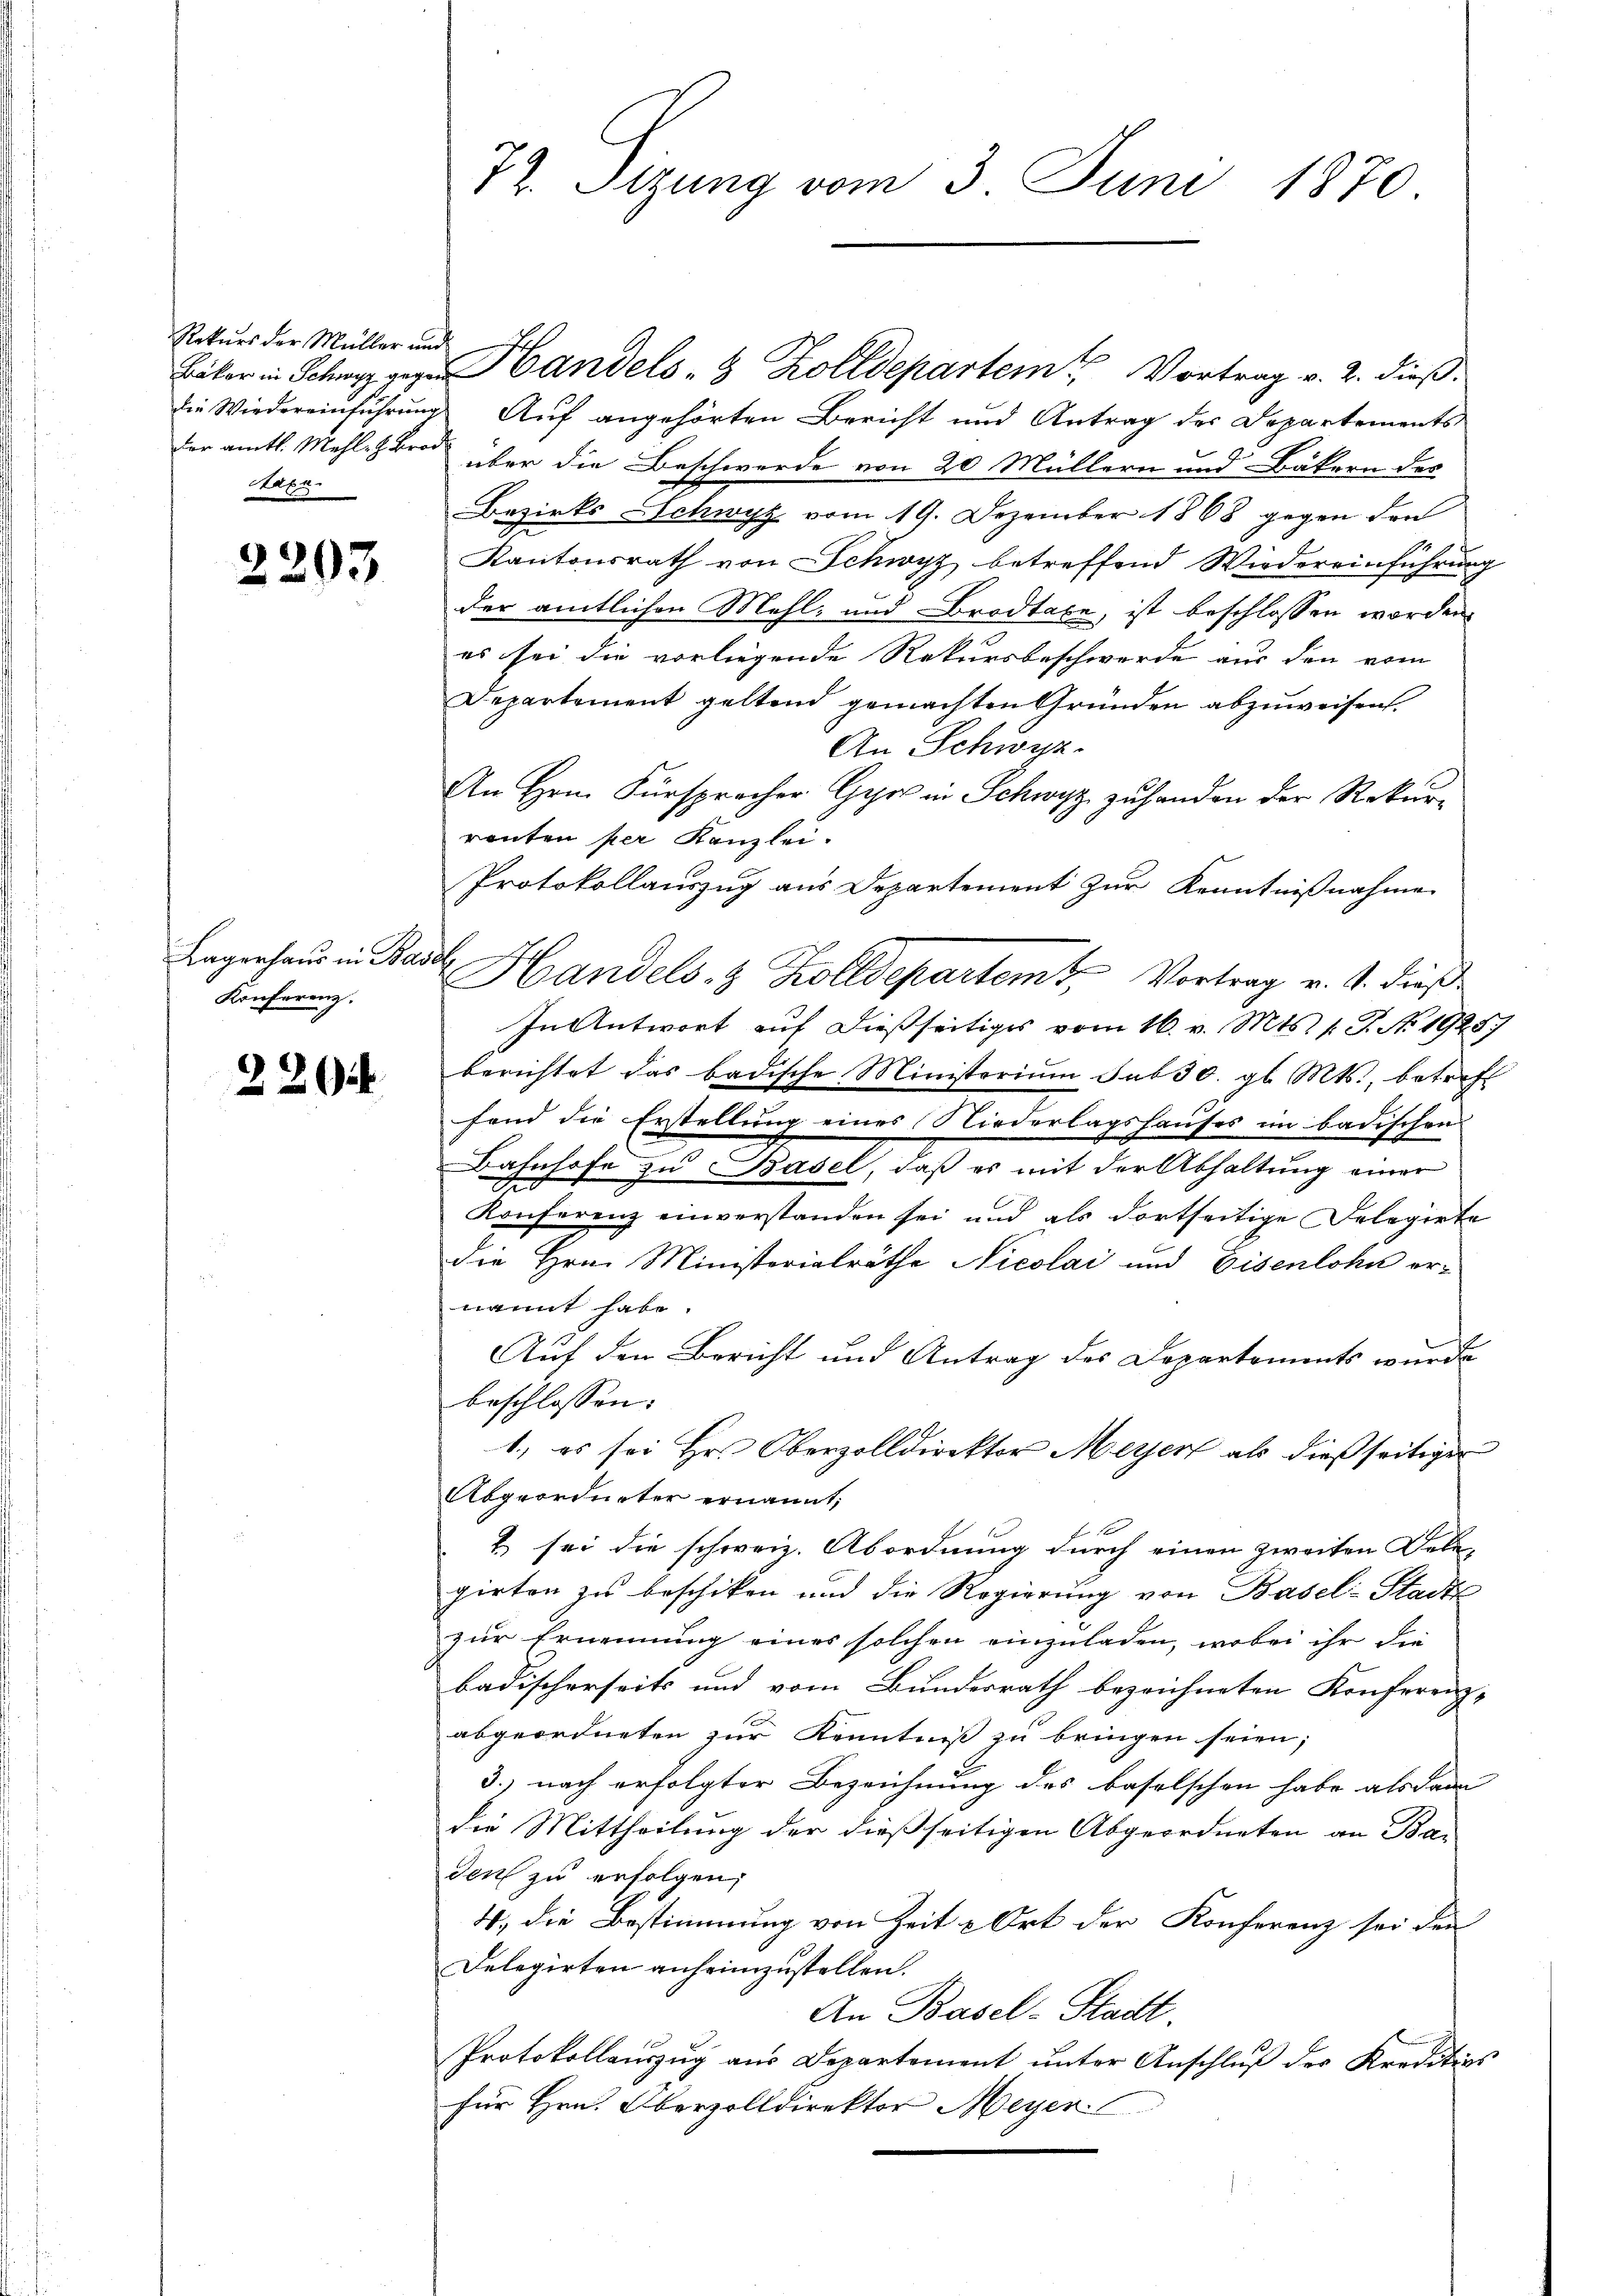
Rekurs der Müller und
Habz

2203

Lagerhaus in Basel
Konferenz.

220 f.

72. Sizung vom 3. Juni 1870.

Läber in Schwyz eige Handels- & Zolldepartem Vortrag v. 2. dieß.
die Wiedereinführung Auf angehörten Bericht und Antrag der Departements
der amtl. Mehl zu über die Beschwerde von 20 Müllern und Bäkern des
Bezirks Schwyz vom 19. Dezember 1868 gegen den
Kantonsrath von Schwyz betreffend Wiedereinführung
der amtlichen Mehl- und Brodtaxe, ist beschlossen worden.
es sei die vorliegende Rekursbeschwerde aus den vom
Departement geltend gemachten Gründen abzuweisen.
An Schwyz.
An Hrn. Fürsprocher Gyr in Schwyz zuhanden der Rekurranten per Kanzlei.
Protokollauszug aus Departement zur Kenntnißnahme
Handels- & Zolldepartemt Vortrag v. M. dieß
In Antwort auf dießseitiges vom 16. v. Mts. (T. No. 19257
berichtet das badische Ministerium sub 30. gl. Mts., betreff
fand die Erstellung eines Niederlagshauses im badischen
Bahnhofe zu Basel, daß es mit der Abhaltung einer
Konferenz einverstanden sei und als dortseitige Delegirte
die Hrn. Ministerialräthe Nicolai und Eisenlohn ernannt habe.
Auf den Bericht und Antrag des Departements wurde
beschlossen:
1.) es sei Hr. Oberzolldirektor Meyer als dießseitiger
Abgeordneter ernannt,
) sei die schweiz. Abordnung durch einen zweiten Dele-
girten zu beschiken und die Regierung von Basel-Stadts
zur Ernennung eines solchen einzuladen, wobei ihr die
badischerseits und vom Bundesrath bezeichneten Konferenz-
abgeordneten zur Kenntniß zu bringen seien;
3.) nach erfolgter Bezeichnung des baselschen habe als dann
die Mittheilung der dießseitigen Abgeordneten an Bar
den zu erfolgen,
4., die Bestimmung von Zeit & Ort der Konferenz sei den
Delegirten anheimzustellen.
An Basel-Stadt.
Protokollauszug aus Departement ŭnter Anschlŭβ der Kreditios
für Hrn. Oberzolldirektor Meyer.